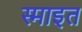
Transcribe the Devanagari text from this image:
स्माइत